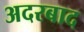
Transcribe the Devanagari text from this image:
अदरबाद